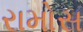
રામોસ